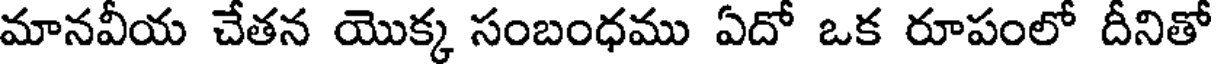
మానవీయ చేతన యొక్క సంబంధము ఏదో ఒక రూపంలో దీనితో